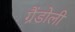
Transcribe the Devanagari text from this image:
ग्रैंडोली